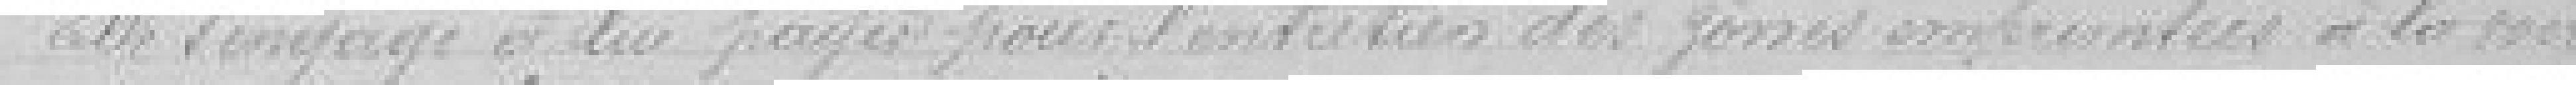
Elle s'engage à lui payer pour l'entretien des zones empruntées à la voirie